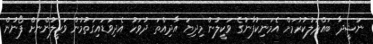
ނަޝީދާ ބައްދަލުކުރުމަށް އެމަނިކުފާނުގެ ވަކީލުން މިދިޔަ އާދިއްތަ ދުވަހު އެދިވަޑައިގަތުމުން ވަކީލުންނަށް ފޯނުން